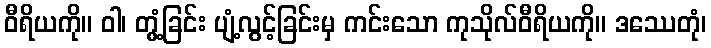
ဝီရိယကို။ ဝါ၊ တွံ့ခြင်း ပျံ့လွင့်ခြင်းမှ ကင်းသော ကုသိုလ်ဝီရိယကို။ ဒဿေတုံ၊